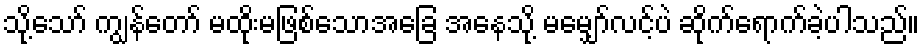
သို့သော် ကျွန်တော် မထိုးမဖြစ်သောအခြေ အနေသို့ မမျှော်လင့်ပဲ ဆိုက်ရောက်ခဲ့ပါသည်။